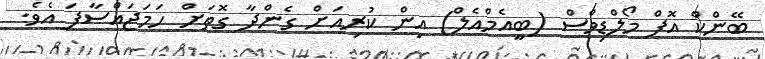
ބޭންކް އޮފް މޯލްޑިވްސް (ބީއެމްއެލް) އިން ކުރިއަށް ގެންދާ ގޮތަށް ހަމަޖައްސާފަ އެވެ.